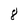
Character: 8